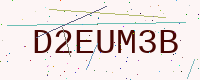
Text: D2EUM3B